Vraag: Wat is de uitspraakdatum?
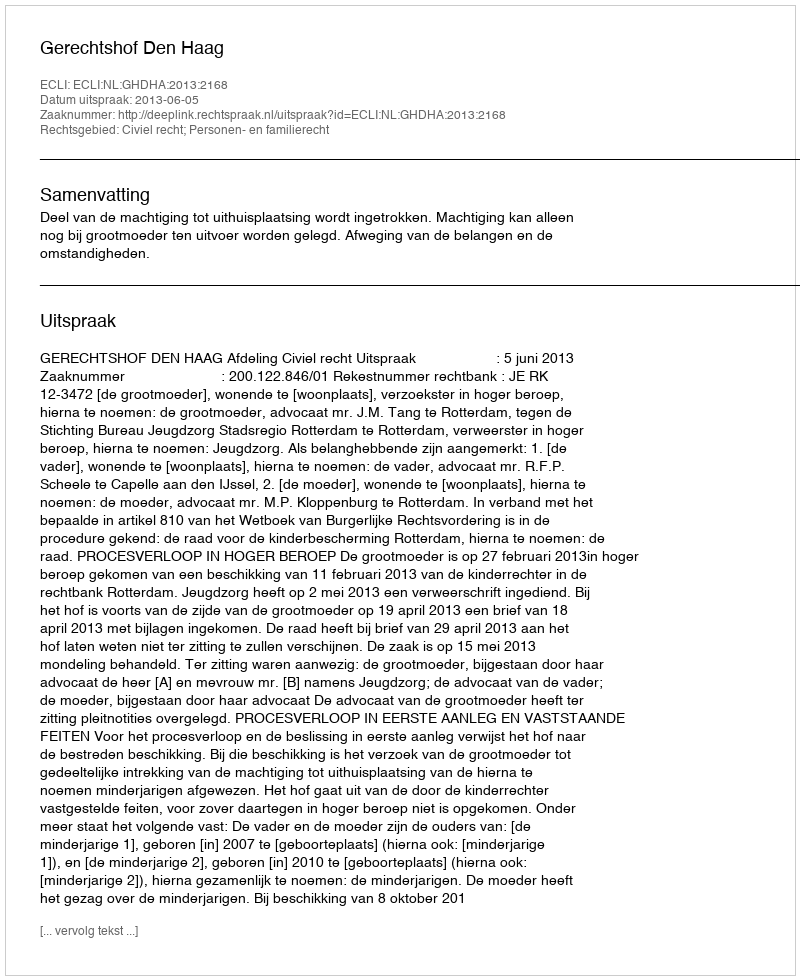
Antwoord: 2013-06-05